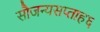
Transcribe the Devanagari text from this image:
सौजन्यसप्ताह६